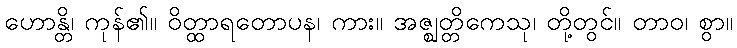
ဟောန္တိ၊ ကုန်၏။ ဝိတ္ထာရတောပန၊ ကား။ အဇ္ဈတ္တိကေသု၊ တို့တွင်။ တာဝ၊ စွာ။